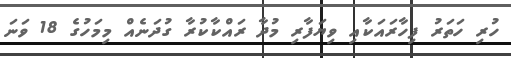
ހުރި ހަތަރު ފިހާރައަކާއި ވިޔަފާރި މުދާ ރައްކާކުރާ ގުދަނެއް މިމަހުގެ 18 ވަނަ